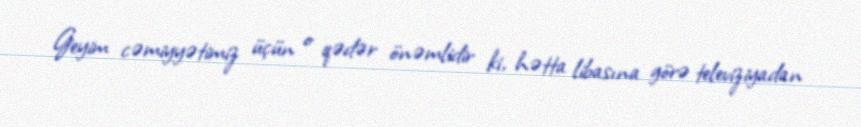
Geyim cəmiyyətimiz üçün o qədər önəmlidir ki, hətta libasına görə televiziyadan